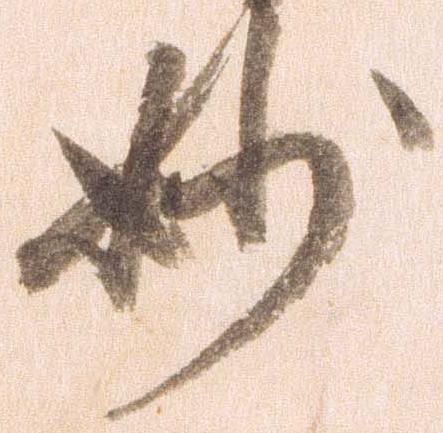
妙